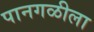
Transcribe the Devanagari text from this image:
पानगळीला